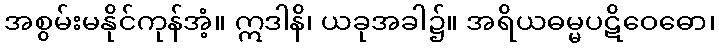
အစွမ်းမနိုင်ကုန်အံ့။ ဣဒါနိ၊ ယခုအခါ၌။ အရိယဓမ္မပဋိဝေဓော၊